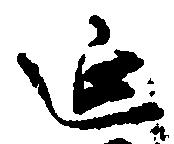
延